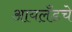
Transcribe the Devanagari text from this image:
आयलँडचे